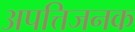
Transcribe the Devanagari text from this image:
अपत्तिजनक